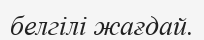
белгілі жағдай.